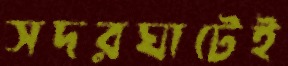
সদরঘাটেই